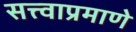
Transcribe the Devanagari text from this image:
सत्त्वाप्रमाणे